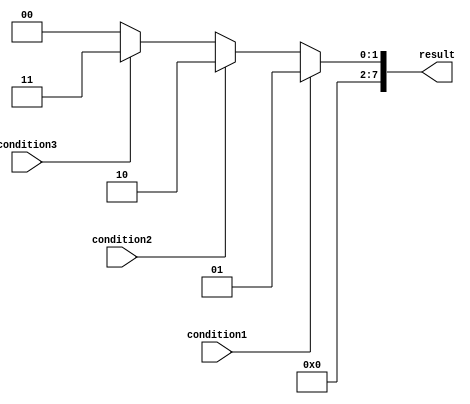
module multiple_if_else_statement (
    input wire condition1,
    input wire condition2,
    input wire condition3,
    output reg [7:0] result
);

always @(*)
begin
    if (condition1)
        result = 8'b00000001;
    else if (condition2)
        result = 8'b00000010;
    else if (condition3)
        result = 8'b00000011;
    else
        result = 8'b00000000;
end

endmodule